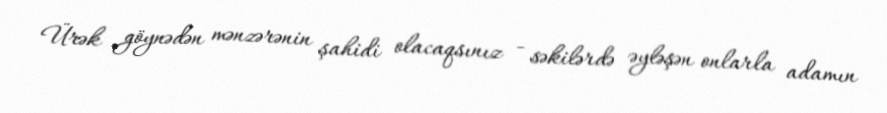
Ürək göynədən mənzərənin şahidi olacaqsınız - səkilərdə əyləşən onlarla adamın